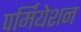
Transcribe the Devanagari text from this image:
पर्मियेशन